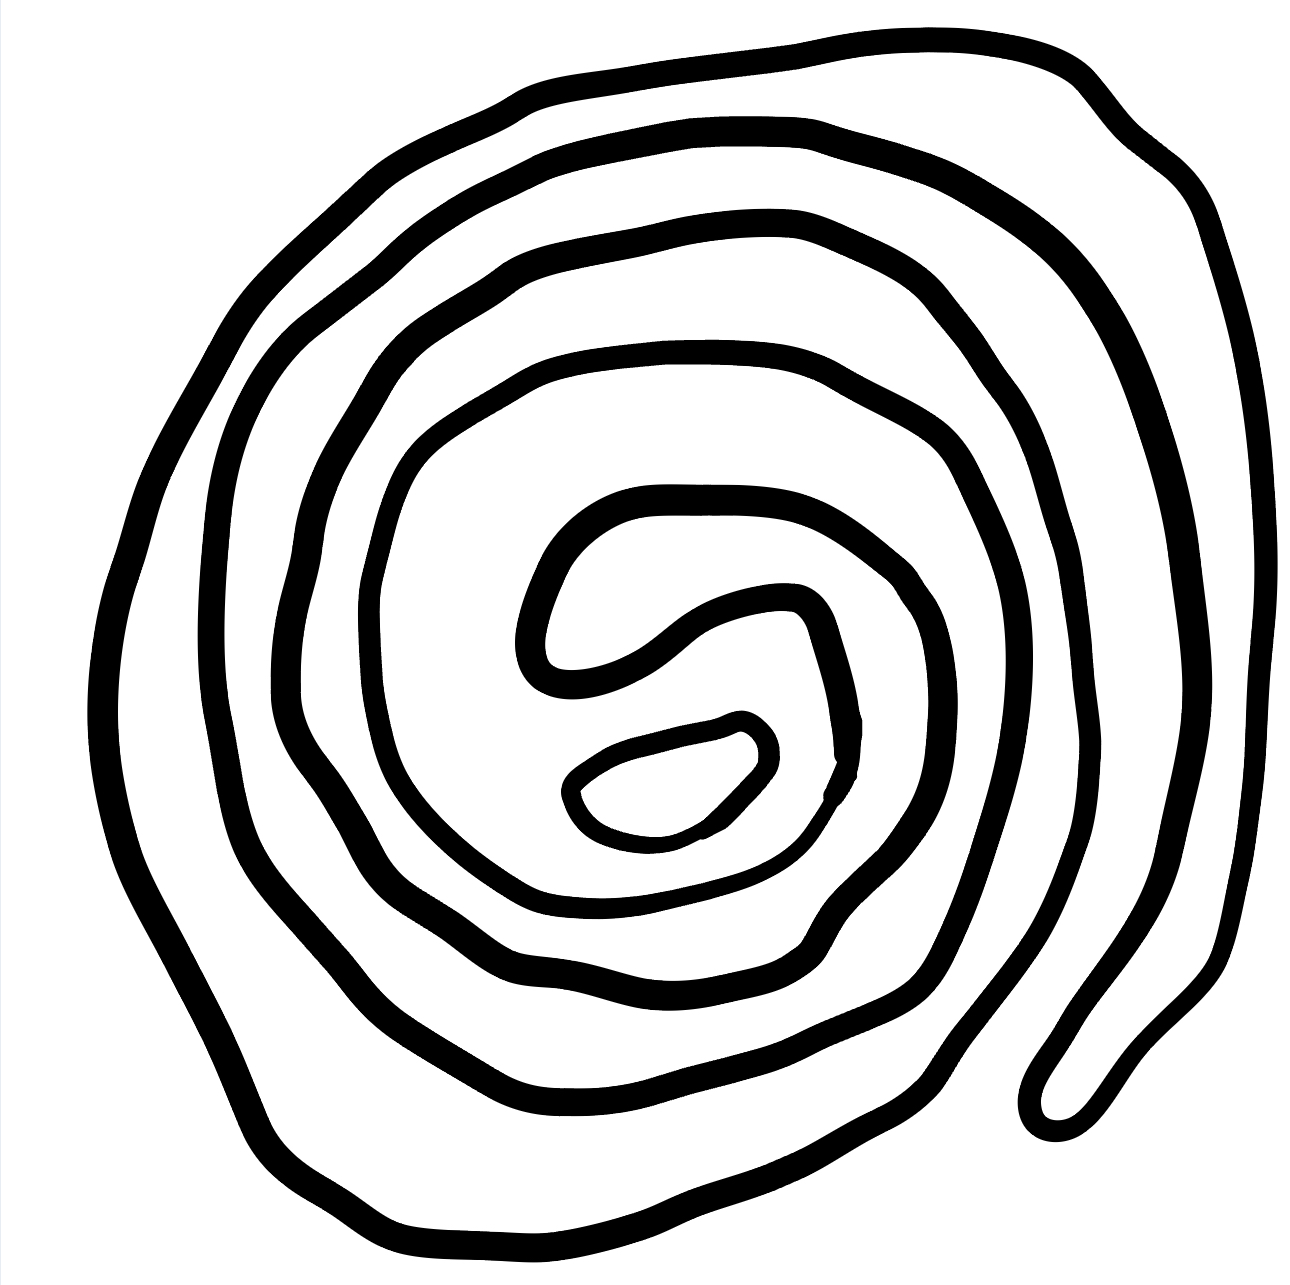
Number of regions (including the outer root region): 3
Containment tree edges (parent, child): 0, 1, 0, 2